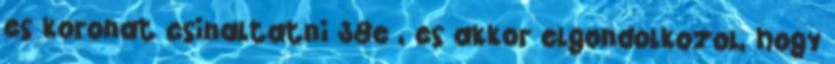
es koronat csinaltatni 38e , es akkor elgondolkozol, hogy